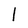
Character: l